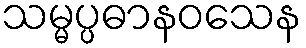
သမ္မပ္ပဓာနဝသေန